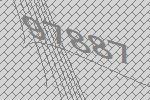
97887